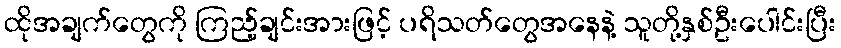
ထိုအချက်တွေကို ကြည့်ချင်းအားဖြင့် ပရိသတ်တွေအနေနဲ့ သူတို့နှစ်ဦးပေါင်းပြီး